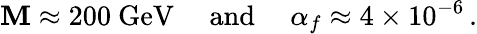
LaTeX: \mathbf{M}\approx200~\mathrm{{GeV\quad\ and}}\quad\ \alpha_{f}\approx4\times10^{-6}\, .